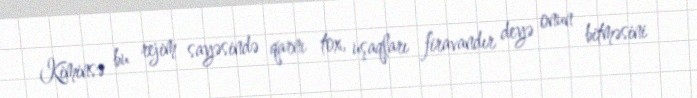
Kiminsə bu rejim sayəsində qarnı tox, uşaqları firavandır deyə onun bitməsini